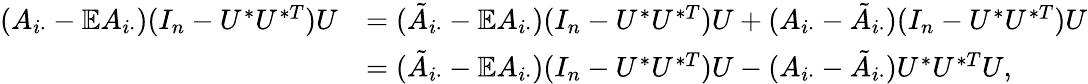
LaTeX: \begin{array}{rl}{(A_{i\cdot}-\mathbb{E}A_{i\cdot})(I_{n}-U^{*}U^{*T})U}&{=(\tilde{A}_{i\cdot}-\mathbb{E}A_{i\cdot})(I_{n}-U^{*}U^{*T})U+(A_{i\cdot}-\tilde{A}_{i\cdot})(I_{n}-U^{*}U^{*T})U}\\ &{=(\tilde{A}_{i\cdot}-\mathbb{E}A_{i\cdot})(I_{n}-U^{*}U^{*T})U-(A_{i\cdot}-\tilde{A}_{i\cdot})U^{*}U^{*T}U,}\end{array}